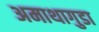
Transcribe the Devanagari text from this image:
अमाथागुडा